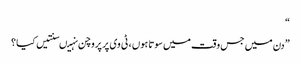
“
” دن میں جس وقت میں سوتا ہوں ، ٹی وی پر پروچن نہیںسنتیں کیا ؟